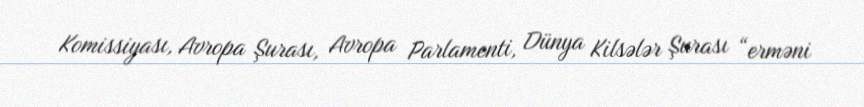
Komissiyası, Avropa Şurası, Avropa Parlamenti, Dünya Kilsələr Şurası “erməni